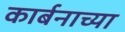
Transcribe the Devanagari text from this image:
कार्बनाच्या